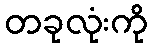
တခုလုံးကို